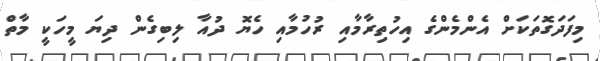
މިފަދަގޮތަކަށް އެންމެންގެ އިހުތިރާމާއި ރުހުމާއި ހެޔޮ ދުއާ ލިބިގެން ދިޔަ މީހަކީ މާތް